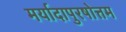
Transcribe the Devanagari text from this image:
मर्यादापुरषोत्तम